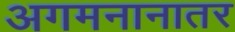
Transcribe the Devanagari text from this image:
अगमनानातर